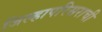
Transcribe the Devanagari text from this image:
जिल्हापरिसराची